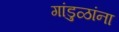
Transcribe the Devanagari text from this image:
गांडुळांना